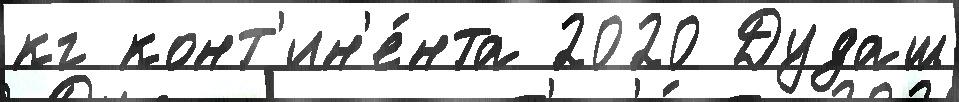
кг конт'ин'е́нта 2020 Дудаш